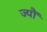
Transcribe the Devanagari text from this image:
ज्‍यौं